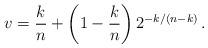
LaTeX: \begin{align*} v=\frac{k}{n}+\left( 1-\frac{k}{n} \right) 2^{-k/(n-k)}\,.\end{align*}